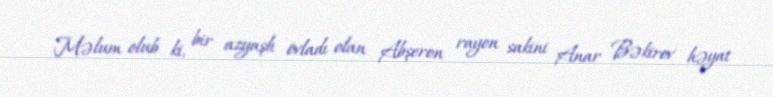
Məlum olub ki, bir azyaşlı övladı olan Abşeron rayon sakini Anar Bəkirov həyat